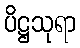
ပိဋ္ဌသုရာ